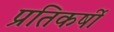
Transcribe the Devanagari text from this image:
प्रतिकर्षी